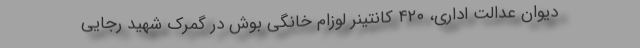
دیوان عدالت اداری، ۴۲۰ کانتینر لوزام خانگی بوش در گمرک شهید رجایی